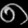
Digit: ၈